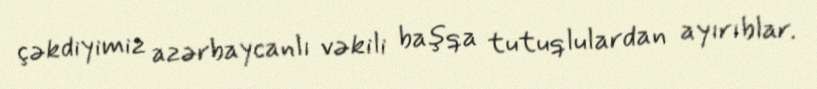
çəkdiyimiz azərbaycanlı vəkili başqa tutuqlulardan ayırıblar.